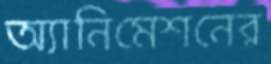
অ্যানিমেশনের